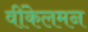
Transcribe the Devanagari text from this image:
वींकेलमन